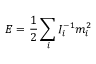
E = \frac 1 2 \sum _ { i } I _ { i } ^ { - 1 } m _ { i } ^ { 2 }